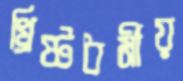
খ্রিষ্টধর্মীয়